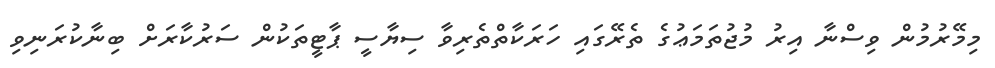
މިމޭރުމުން ވިސްނާ އިރު މުޖުތަމަޢުގެ ތެރޭގައި ހަރަކާތްތެރިވާ ސިޔާސީ ޕާޓީތަކުން ސަރުކާރަށް ބިނާކުރަނިވި